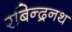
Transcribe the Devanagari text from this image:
रबिन्द्रनथ